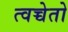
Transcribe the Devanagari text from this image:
त्वच्चेतो